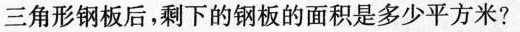
三角形钢板后，剩下的钢板的面积是多少平方米?